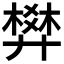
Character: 𰐌